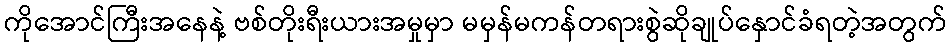
ကိုအောင်ကြီးအနေနဲ့ ဗစ်တိုးရီးယားအမှုမှာ မမှန်မကန်တရားစွဲဆိုချုပ်နှောင်ခံရတဲ့အတွက်